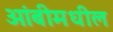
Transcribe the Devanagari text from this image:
ओंबीमधील